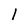
Character: l